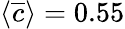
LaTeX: \langle\overline{{c}}\rangle=0.55